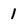
Character: 1